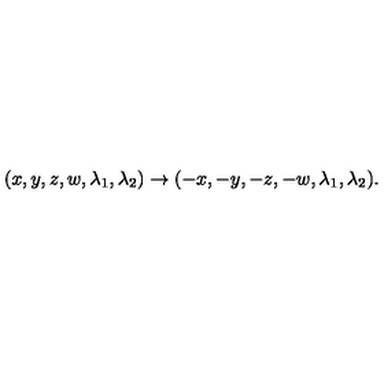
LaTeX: ( x , y , z , w , \lambda _ { 1 } , \lambda _ { 2 } ) \to ( - x , - y , - z , - w , \lambda _ { 1 } , \lambda _ { 2 } ) .